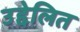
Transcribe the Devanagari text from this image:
उद्देलित